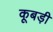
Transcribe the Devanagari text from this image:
कूबड़ी